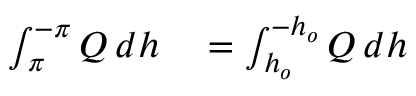
\begin{array} { r l } { \int _ { \pi } ^ { - \pi } Q \, d h } & { { } = \int _ { h _ { o } } ^ { - h _ { o } } Q \, d h } \end{array}